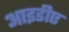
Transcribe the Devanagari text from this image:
आइडीए